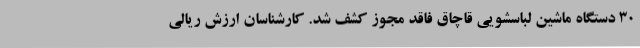
30 دستگاه ماشین لباسشویی قاچاق فاقد مجوز کشف شد. کارشناسان ارزش ریالی